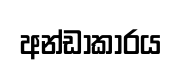
අන්ඩාකාරය